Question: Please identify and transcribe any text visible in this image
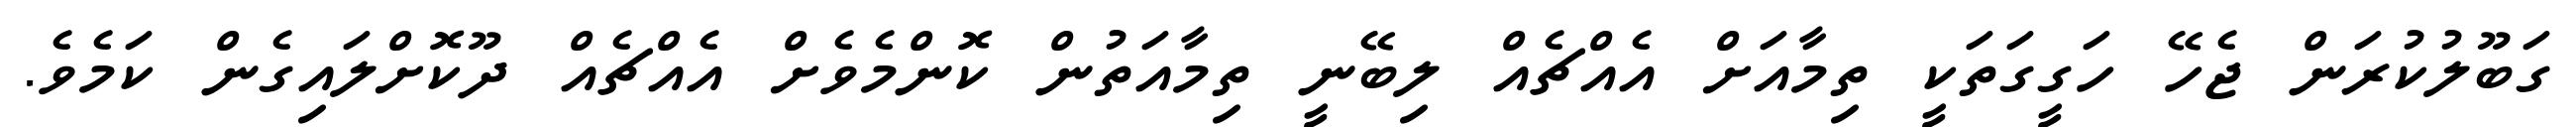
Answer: ގަބޫލުކުރަން ޖެހޭ ހަގީގަތަކީ ތިމާއަށް އެއްޗެއް ލިބޭނީ ތިމާއަތުން ކޮންމެވެށް އެއްޗެއް ދޫކޮށްލައިގެން ކަމެވެ.